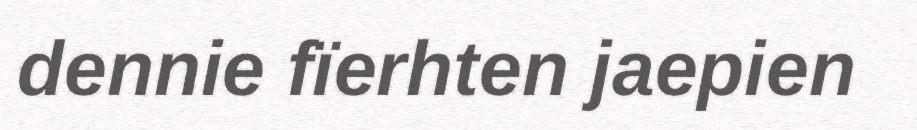
dennie fïerhten jaepien